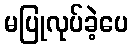
မပြုလုပ်ခဲ့ပေ